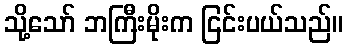
သို့သော် ဘကြီးမိုးက ငြင်းပယ်သည်။